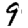
Digit: 9